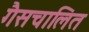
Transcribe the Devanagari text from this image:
गैसचालित